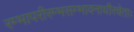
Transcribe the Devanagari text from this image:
रम्भापरीरम्भसम्भावनाधीरचेताः